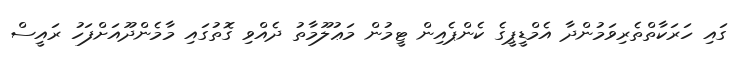
ގައި ހަރަކާތްތެރިވަމުންދާ އެމްޑީޕީގެ ކެންޕެއިން ޓީމުން މަޢުލޫމާތު ދެއްވި ގޮތުގައި މާމެންދޫއަށްފަހު ރައީސް